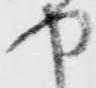
中